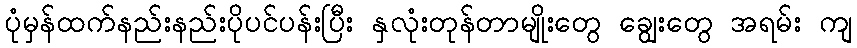
ပုံမှန်ထက်နည်းနည်းပိုပင်ပန်းပြီး နှလုံးတုန်တာမျိုးတွေ ချွေးတွေ အရမ်း ကျ